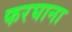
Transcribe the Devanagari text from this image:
फरघाना